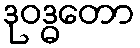
ဒုဝဒ္ဓတော